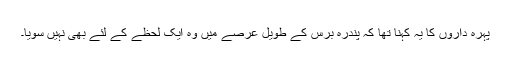
پہرہ داروں کا یہ کہنا تھا کہ پندرہ برس کے طویل عرصے میں وہ ایک لحظے کے لئے بھی نہیں سویا۔